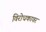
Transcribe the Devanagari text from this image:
विरोधकावर